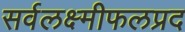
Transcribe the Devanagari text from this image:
सर्वलक्ष्मीफलप्रद